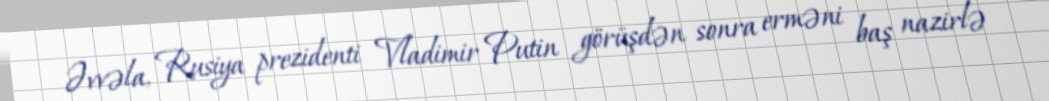
Əvvəla, Rusiya prezidenti Vladimir Putin görüşdən sonra erməni baş nazirlə